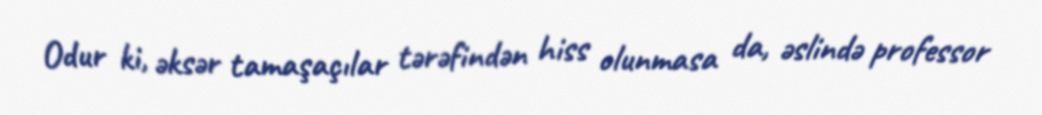
Odur ki, əksər tamaşaçılar tərəfindən hiss olunmasa da, əslində professor